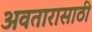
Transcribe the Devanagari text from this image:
अवतारासाठी